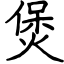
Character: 煲